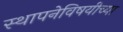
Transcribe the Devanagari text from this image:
स्थापनेविषयीच्या